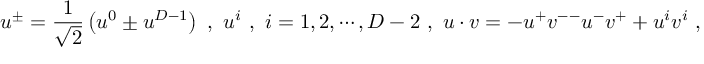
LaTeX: u ^ { \pm } = \frac { 1 } { \sqrt { 2 } } \left( u ^ { 0 } \pm u ^ { D - 1 } \right) \ , \ u ^ { i } \ , \ i = 1 , 2 , \cdots , D - 2 \ , \ u \cdot v = - u ^ { + } v ^ { -- } u ^ { - } v ^ { + } + u ^ { i } v ^ { i } \ ,